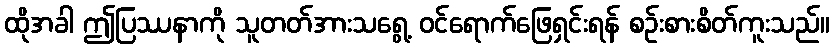
ထိုအခါ ဤပြဿနာကို သူတတ်အားသရွေ့ ဝင်ရောက်ဖြေရှင်းရန် စဉ်းစားစိတ်ကူးသည်။